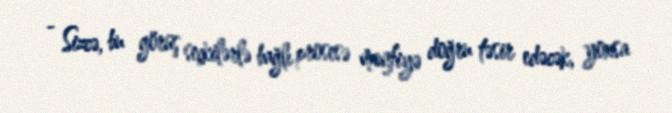
- Sizcə, bu görüş seçkilərlə bağlı prosesə mənfiyə doğru təsir edəcək, yoxsa